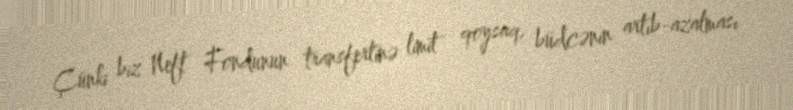
Çünki biz Neft Fondunun transfertinə limit qoysaq, büdcənin artıb-azalması